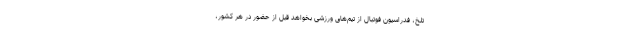
تلخ، فدراسیون فوتبال از تیم‌های ورزشی بخواهد قبل از حضور در هر کشور،